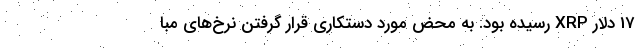
17 دلار XRP رسیده بود. به محض مورد دستکاری قرار گرفتن نرخ‌های مبا